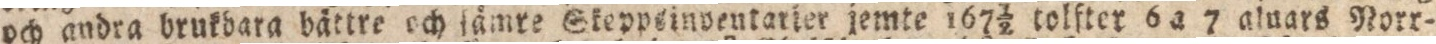
och andra brukbara bättre och ſämre Skeppskinventarter jemte 167½ tolfter 6 a 7 aluars Norr-